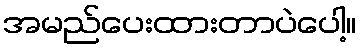
အမည်ပေးထားတာပဲပေါ့။